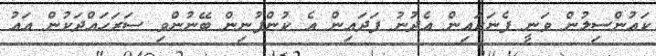
ކައުންސިލުން ވަނީ ފެނަކައިން އެދުނު ފަދައިން އެ ކުންފުނިން ބޭނުންވި ސަރަހައްދަކުން އައު